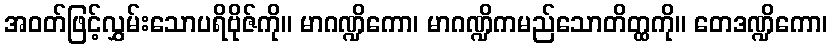
အဝတ်ဖြင့်လွှမ်းသောပရိဗိုဇ်ကို။ မာဂဏ္ဍိကော၊ မာဂဏ္ဍိကမည်သောတိတ္ထကို။ တေဒဏ္ဍိကော၊